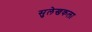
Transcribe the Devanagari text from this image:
सुलेखकला